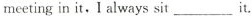
meeting in it，I always sit___it.